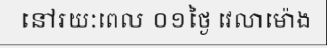
នៅរយៈពេល ០១ថ្ងៃ វេលាម៉ោង